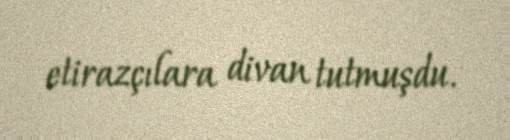
etirazçılara divan tutmuşdu.